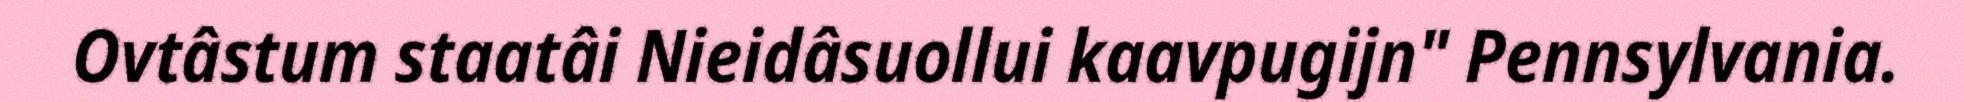
Ovtâstum staatâi Nieidâsuollui kaavpugijn" Pennsylvania.